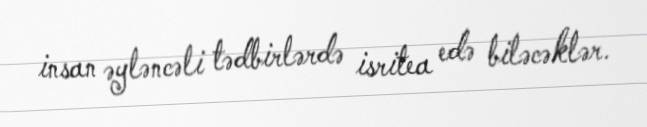
insan əyləncəli tədbirlərdə isritea edə biləcəklər.